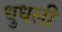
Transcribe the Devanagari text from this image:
धुधली